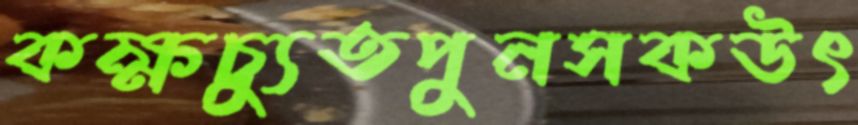
কক্ষচ্যুতপুনসকউৎ